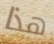
هذا